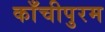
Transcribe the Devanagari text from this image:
काँचीपुरम